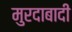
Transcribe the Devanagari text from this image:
मुरदाबादी